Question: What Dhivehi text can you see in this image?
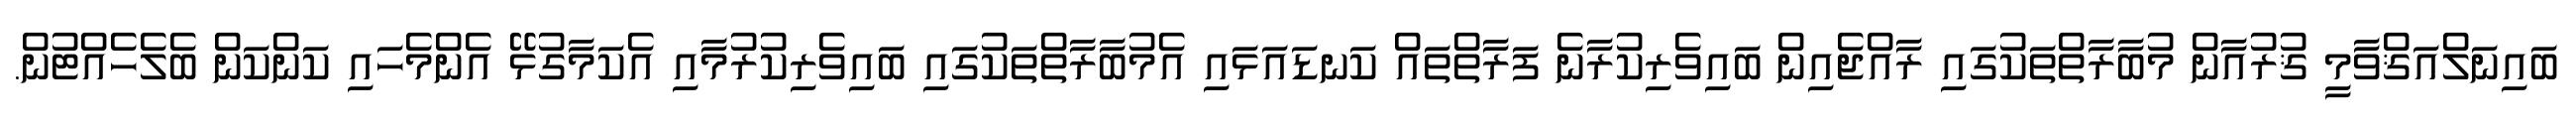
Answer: ބައިނަލްއަޤްވާމީ ޤުރުއާން މުބާރާތްތަކުގައި ރާއްޖެއިން ބައިވެރިކުރާނެ ފަރާތްތައް ކަނޑައަޅައި އެމުބާރާތްތަކުގައި ބައިވެރިކުރުމާއި އެކަމާގުޅޭ އެންމެހައި ކަންކަން ބެލެހެއްޓުން.